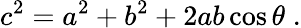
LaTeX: c^{2}=a^{2}+b^{2}+2ab\cos\theta\; .